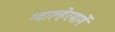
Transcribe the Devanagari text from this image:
ग्वाल्हेरमार्गे